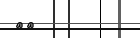
٣٤